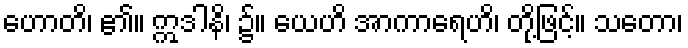
ဟောတိ၊ ၏။ ဣဒါနိ၊ ၌။ ယေဟိ အာကာရေဟိ၊ တို့ဖြင့်။ သတော၊